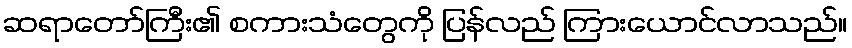
ဆရာတော်ကြီး၏ စကားသံတွေကို ပြန်လည် ကြားယောင်လာသည်။